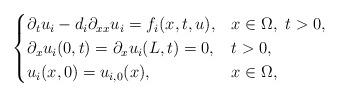
LaTeX: \begin{align*} \begin{cases} \partial_{t}u_i-d_i\partial_{xx}u_i=f_i(x,t,u), &x\in \Omega,~ t>0,\\ \partial_xu_i(0,t)=\partial_xu_i(L,t)=0, &t>0,\\ u_i(x,0)=u_{i,0}(x), &x\in\Omega, \end{cases}\end{align*}